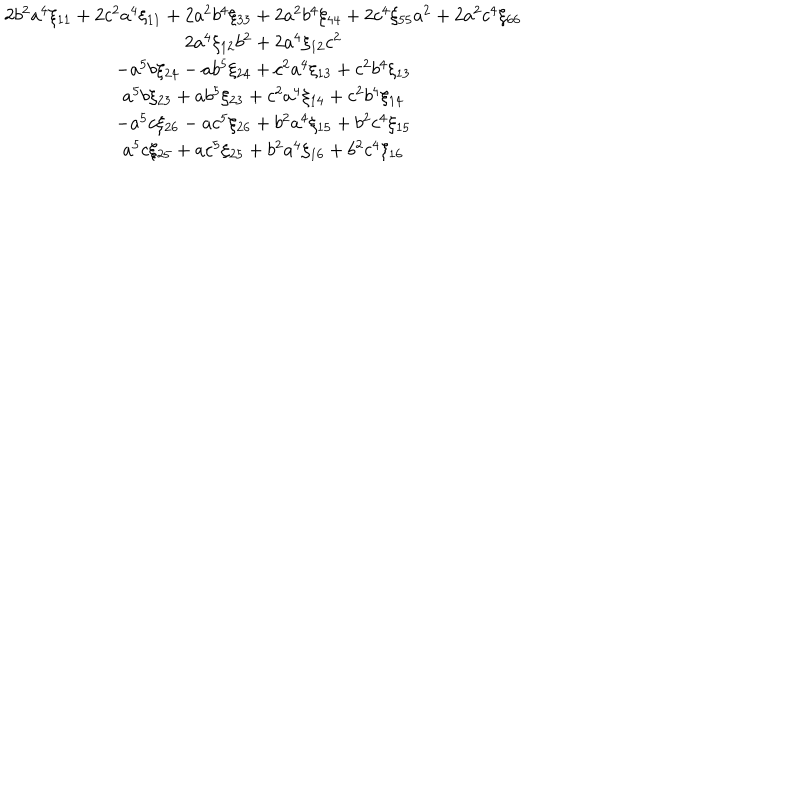
LaTeX: \begin{array} { c } { { 2 b ^ { 2 } a ^ { 4 } \xi _ { 1 1 } + 2 c ^ { 2 } a ^ { 4 } \xi _ { 1 1 } + 2 a ^ { 2 } b ^ { 4 } \xi _ { 3 3 } + 2 a ^ { 2 } b ^ { 4 } \xi _ { 4 4 } + 2 c ^ { 4 } \xi _ { 5 5 } a ^ { 2 } + 2 a ^ { 2 } c ^ { 4 } \xi _ { 6 6 } } } \\ { { 2 a ^ { 4 } \xi _ { 1 2 } b ^ { 2 } + 2 a ^ { 4 } \xi _ { 1 2 } c ^ { 2 } } } \\ { { - a ^ { 5 } b \xi _ { 2 4 } - a b ^ { 5 } \xi _ { 2 4 } + c ^ { 2 } a ^ { 4 } \xi _ { 1 3 } + c ^ { 2 } b ^ { 4 } \xi _ { 1 3 } } } \\ { { a ^ { 5 } b \xi _ { 2 3 } + a b ^ { 5 } \xi _ { 2 3 } + c ^ { 2 } a ^ { 4 } \xi _ { 1 4 } + c ^ { 2 } b ^ { 4 } \xi _ { 1 4 } } } \\ { { - a ^ { 5 } c \xi _ { 2 6 } - a c ^ { 5 } \xi _ { 2 6 } + b ^ { 2 } a ^ { 4 } \xi _ { 1 5 } + b ^ { 2 } c ^ { 4 } \xi _ { 1 5 } } } \\ { { a ^ { 5 } c \xi _ { 2 5 } + a c ^ { 5 } \xi _ { 2 5 } + b ^ { 2 } a ^ { 4 } \xi _ { 1 6 } + b ^ { 2 } c ^ { 4 } \xi _ { 1 6 } } } \\ \end{array}